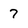
Character: 7